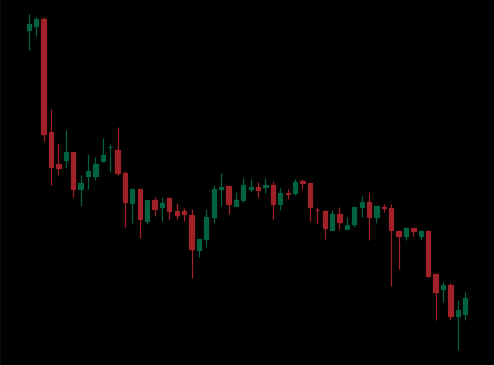
Pattern: unclassified